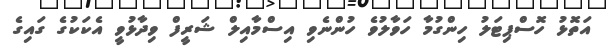
އަތޮޅު ހޮސްޕިޓަލު ހިންގުމާ ހަވާލުވެ ހުންނެވި އިސްމާއިލް ޝަރީފް ވިދާޅުވީ އެކަކުގެ ގައިގެ